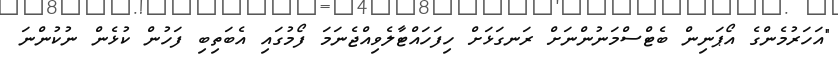
"އަހަރުމެންގެ އޯޕަނިން ބެޓްސްމަނުންނަށް ރަނގަޅަށް ހިފަހައްޓާލެވިއްޖެނަމަ ފޯމުގައި އެބަތިބި ފަހުން ކުޅެން ނުކުންނަ